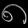
Digit: ၈